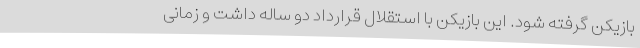
بازیکن گرفته شود. این بازیکن با استقلال قرارداد دو ساله داشت و زمانی